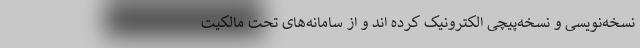
نسخه‌نویسی و نسخه‌پیچی الکترونیک کرده اند و از سامانه‌های تحت مالکیت